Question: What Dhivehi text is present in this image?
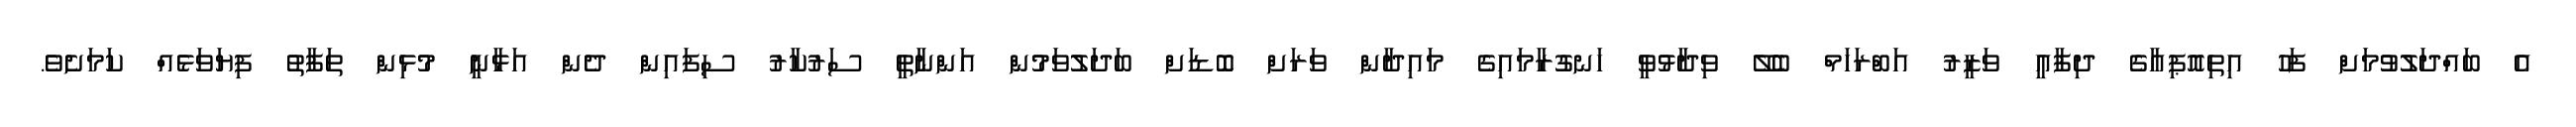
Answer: އެ ބައްދަލުވުމަށް ފަހު އިތިއޮޕިއާގެ ދިފާއީ ވަޒީރު އަބްރަހަމް ބެލޭ ވިދާޅުވީ ހަނގުރާމައިގެ މައިދާން ވަރަށް ބޮޑަށް ބަދަލުވަމުން އަންނާތީ ސަރުކާރު ސިފައިން ދެން އަޅާނީ މުޅިން ތަފާތު ފިޔަވަޅެއް ކަމަށެވެ.